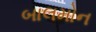
બાલમોન